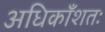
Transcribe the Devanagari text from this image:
अधिकाँशतः